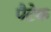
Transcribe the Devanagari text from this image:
पैटेक